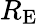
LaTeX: R_{\mathrm{{E}}}